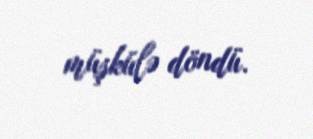
müşkülə döndü.